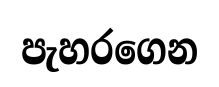
පැහරගෙන